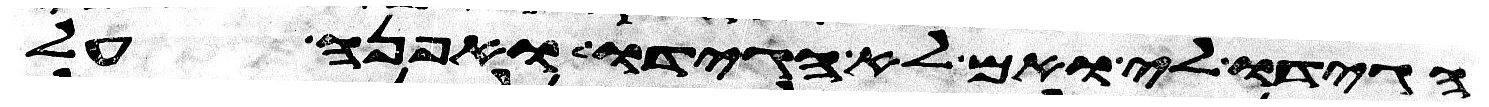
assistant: הגידו לי ואם לא הגידו לי ואפנה על